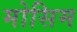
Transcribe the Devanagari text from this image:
मोसिम